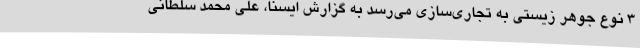
3 نوع جوهر زیستی به تجاری‌سازی می‌رسد به گزارش ایسنا، علی محمد سلطانی